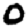
Digit: 0